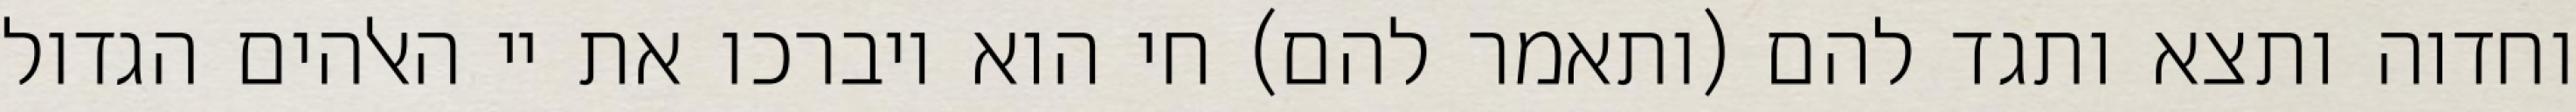
וחדוה ותצא ותגד להם (ותאמר להם) חי הוא ויברכו את יי האלהים הגדול